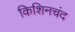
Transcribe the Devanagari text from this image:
किशिनचंद